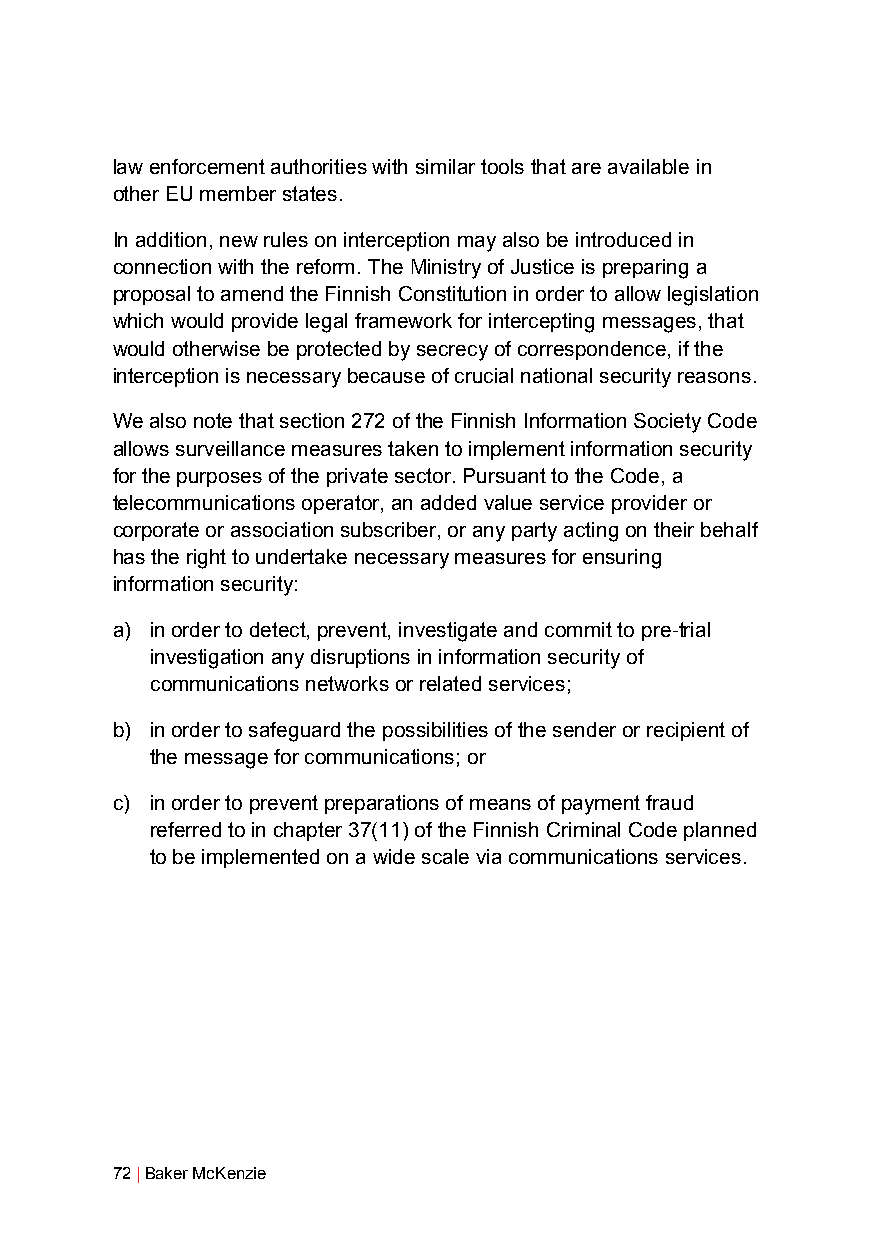
law enforcement authorities with similar tools that are available in
 other EU member states.
 In addition, new rules on interception may also be introduced in
 connection with the reform. The Ministry of Justice is preparing a
 proposal to amend the Finnish Constitution in order to allow legislation
 which would provide legal framework for intercepting messages, that
 would otherwise be protected by secrecy of correspondence, if the
 interception is necessary because of crucial national security reasons.
 We also note that section 272 of the Finnish Information Society Code
 allows surveillance measures taken to implement information security
 for the purposes of the private sector. Pursuant to the Code, a
 telecommunications operator, an added value service provider or
 corporate or association subscriber, or any party acting on their behalf
 has the right to undertake necessary measures for ensuring
 information security:
 a) in order to detect, prevent, investigate and commit to pre-trial
 investigation any disruptions in information security of
 communications networks or related services;
 b) in order to safeguard the possibilities of the sender or recipient of
 the message for communications; or
 c) in order to prevent preparations of means of payment fraud
 referred to in chapter 37(11) of the Finnish Criminal Code planned
 to be implemented on a wide scale via communications services.
 72 | Baker McKenzie